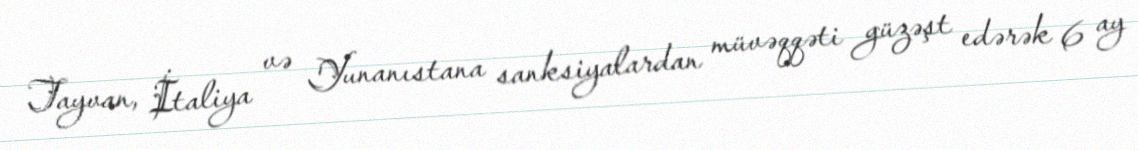
Tayvan, İtaliya və Yunanıstana sanksiyalardan müvəqqəti güzəşt edərək 6 ay